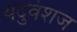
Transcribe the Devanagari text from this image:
यदुवंशज